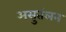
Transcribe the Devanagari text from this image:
असुतंलन